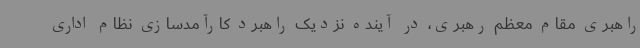
راهبری مقام معظم رهبری، در آینده نزدیک راهبرد کارآمدسازی نظام اداری